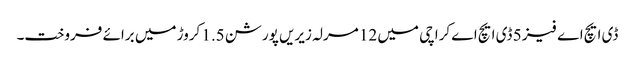
ڈی ایچ اے فیز 5 ڈی ایچ اے کراچی میں 12 مرلہ زیریں پورشن 1.5 کروڑ میں برائے فروخت۔